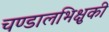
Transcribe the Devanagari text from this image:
चण्डालभिक्षुकी